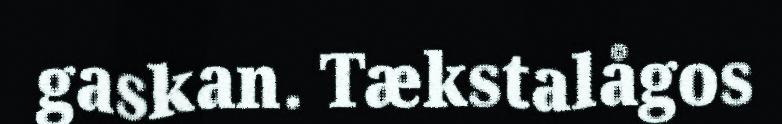
gaskan. Tækstalågos